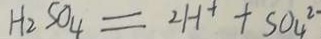
H _ { 2 } S O _ { 4 } = 2 H ^ { + } + S O _ { 4 } ^ { 2 - }